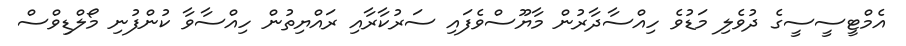
އެމްޓީސީސީގެ ދުވެލި މަޑުވެ ހިއްސާދާރުން މާޔޫސްވެފައި ސަރުކާރާއި ރައްޔިތުން ހިއްސާވާ ކުންފުނި މޯލްޑިވްސް